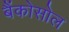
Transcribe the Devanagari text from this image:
बैंकोसोल